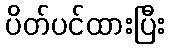
ပိတ်ပင်ထားပြီး